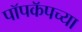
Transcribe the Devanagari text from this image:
पॉपकॅपच्या